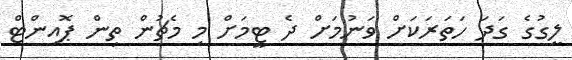
ލީގުގެ ގަދަ ހަތަރަކަށް ވަނުމަށް ދެ ޓީމަށް މި މެޗުން ތިން ޕޮއިންޓް